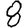
Digit: 8